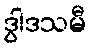
ဒွါဒသမီ